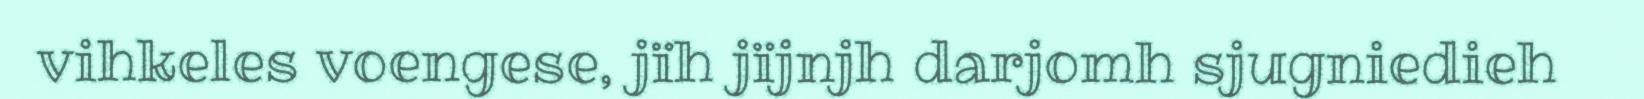
vihkeles voengese, jïh jïjnjh darjomh sjugniedieh